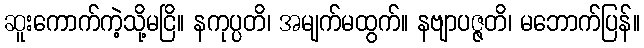
ဆူးကောက်ကဲ့သို့မငြိ။ နကုပ္ပတိ၊ အမျက်မထွက်။ နဗျာပဇ္ဇတိ၊ မဘောက်ပြန်။